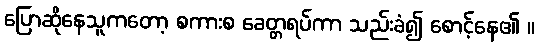
ပြောဆိုနေသူကတော့ စကားစ ခေတ္တရပ်ကာ သည်းခံ၍ စောင့်နေ၏ ။